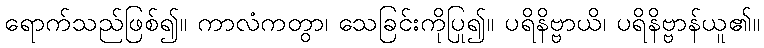
ရောက်သည်ဖြစ်၍။ ကာလံကတွာ၊ သေခြင်းကိုပြု၍။ ပရိနိဗ္ဗာယိ၊ ပရိနိဗ္ဗာန်ယူ၏။